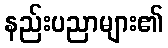
နည်းပညာများ၏